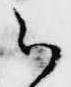
云